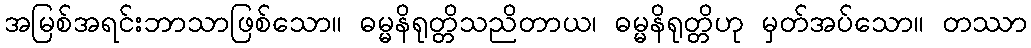
အမြစ်အရင်းဘာသာဖြစ်သော။ ဓမ္မနိရုတ္တိသညိတာယ၊ ဓမ္မနိရုတ္တိဟု မှတ်အပ်သော။ တဿာ